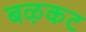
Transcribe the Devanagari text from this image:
बऴकट